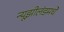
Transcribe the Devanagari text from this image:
न्यूझीलंडमधे